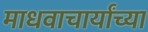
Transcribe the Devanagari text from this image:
माधवाचार्यांच्या